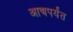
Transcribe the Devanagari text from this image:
आद्यपर्यंत